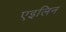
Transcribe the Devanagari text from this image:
एइलिन